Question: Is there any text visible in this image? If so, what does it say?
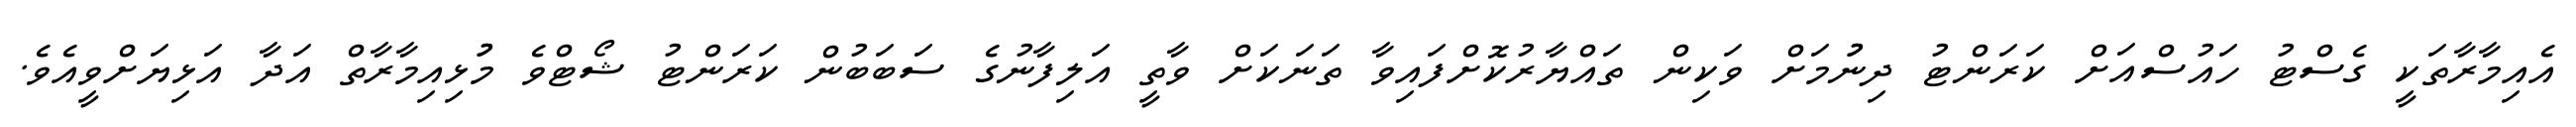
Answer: އެއިމާރާތަކީ ގެސްޓު ހައުސްއަށް ކަރަންޓު ދިނުުމަށް ވަކިން ތައްޔާރުކޮށްފައިވާ ތަނަކަށް ވާތީ އަލިފާނުގެ ސަބަބުން ކަރަންޓު ޝޯޓްވެ މުުޅިއިމާރާތް އަދާ އަޅިޔަށްވީއެވެ.